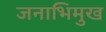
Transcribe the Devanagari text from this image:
जनाभिमुख